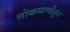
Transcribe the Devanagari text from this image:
लोकवाणीतून